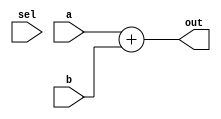
module behavioral_alu (
    input [13:0] a,
    input [13:0] b,
    input [1:0] sel,
    output [14:0] out
);
    //right now this is still just an adder, so change that to a behavioral definition of 
    //an ALU. Look in the textbook for how this could be written.
    assign out = a + b;
endmodule